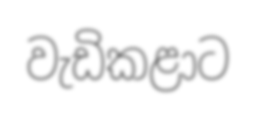
වැඩිකළාට